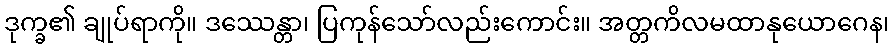
ဒုက္ခ၏ ချုပ်ရာကို။ ဒဿေန္တာ၊ ပြကုန်သော်လည်းကောင်း။ အတ္တကိလမထာနုယောဂေန၊